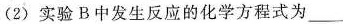
(2)实验B中发生反应的化学方程式为__________